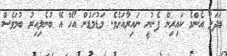
ބަދަލު އެންމެ ކައިރިން ފެނުނީ ނައިރާއަށެވެ. މަޑުމަޑުން އޯހް އޭ ބުނެލިއިރު ބުމަވެސް